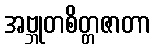
အဗ္ဘုတစိတ္တဇာတာ